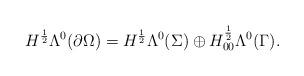
LaTeX: \begin{align*} H^{\frac{1}{2}}\Lambda^{0}(\partial\Omega)=H^{\frac{1}{2}}\Lambda^{0}(\Sigma)\oplus H_{00}^{\frac{1}{2}}\Lambda^{0}(\Gamma). \end{align*}